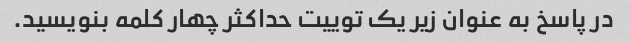
در پاسخ به عنوان زیر یک توییت حداکثر چهار کلمه بنویسید.